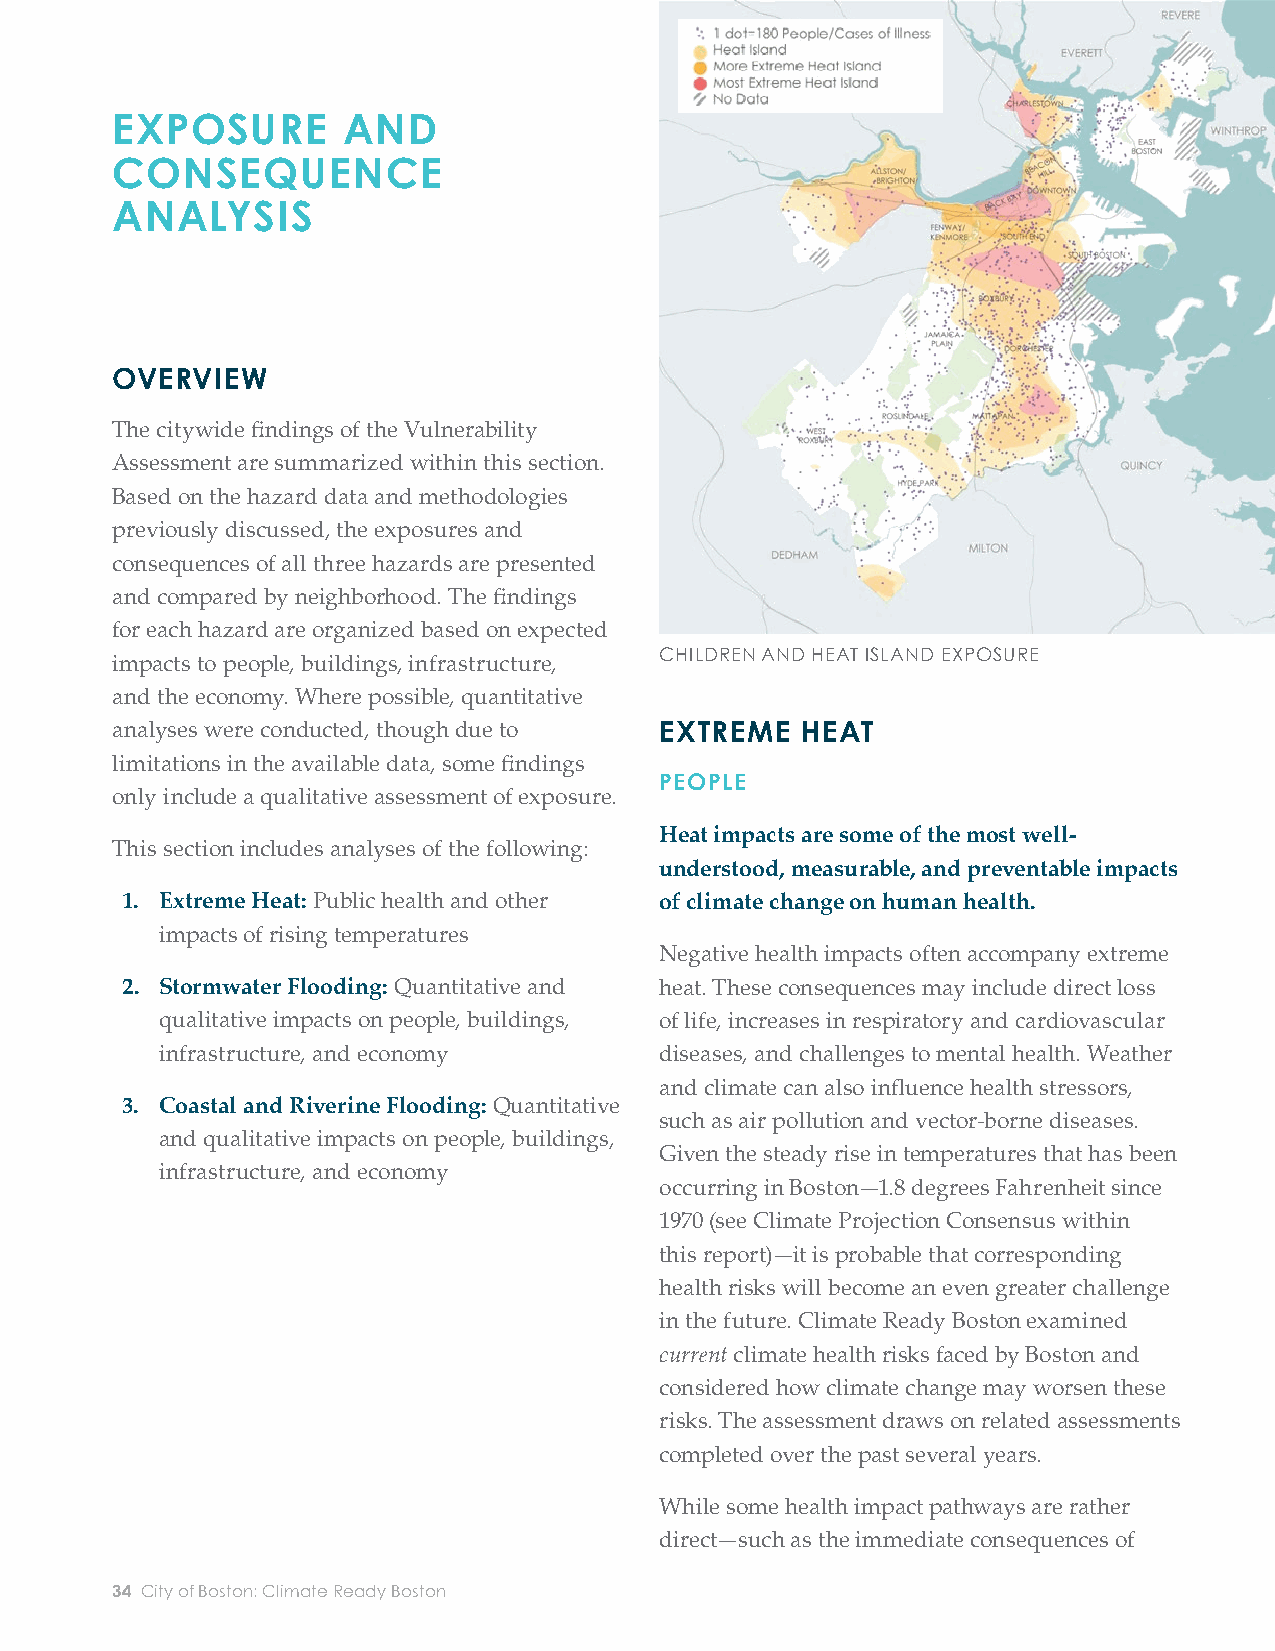
EXPOSURE        AND
 CONSEQUENCE
 ANALYSIS
 OVERVIEW
 The citywide fi ndings of the Vulnerability
 Assessment are summarized within this section.
 Based on the hazard data and methodologies
 previously discussed, the exposures and
 consequences of all three hazards are presented
 and compared by neighborhood. The fi ndings
 for each hazard are organized based on expected
 CHILDREN AND HEAT ISLAND EXPOSURE         OOLLDDEERR AADDUULLTTSS AANNDD HHEEAATT IISSLLAANNDD EEXXPPOOSSUURREE MEDICAL ILLNESS AND HEAT ISLAND EXPOSURE
 impacts to people, buildings, infrastructure,
 and the economy. Where possible, quantitative
 analyses were conducted, though due to EXTREME HEAT                                 high temperature or severe storms—most operate The maps above show both daytime and nighttime heat
 islands as measured by changes in land surface temperature
 limitations in the available data, some fi ndings                                   through complex systems involving urban land
 across the City of Boston. The dots help show concentrations
 PEOPLE
 only include a qualitative assessment of exposure.                                  use, infrastructure, ecology, and other systems. of populations vulnerable to heat.
 Heat impacts are some of the most well-        Compromised infrastructure can magnify health
 This section includes analyses of the following:
 understood, measurable, and preventable impacts vulnerabilities. For example, air conditioning
 Some      members          of
 1. Extreme Heat: Public health and other of climate change on human health.        requires reliable delivery of electricity, which, in
 impacts of rising temperatures                                                  turn, depends on the integrity of the electrical
 the   population         are
 Negative health impacts often accompany extreme
 grid system and associated power-generating
 2. Stormwater Flooding: Quantitative and heat. These consequences may include direct loss
 facilities. Access to healthcare services depends
 particularly        at  risk
 qualitative impacts on people, buildings, of life, increases in respiratory and cardiovascular
 on a functioning transportation system. Thus,
 infrastructure, and economy      diseases, and challenges to mental health. Weather
 understanding the impact that future extreme when temperatures
 and climate can also infl uence health stressors,
 weather events may have on health in Boston
 3. Coastal and Riverine Flooding: Quantitative
 such as air pollution and vector-borne diseases.
 requires considerations of the vulnerabilities of spike, including
 and qualitative impacts on people, buildings,
 Given the steady rise in temperatures that has been
 critical infrastructure systems.
 infrastructure, and economy
 occurring in Boston—1.8 degrees Fahrenheit since
 older     adults,    the
 1970 (see Climate Projection Consensus within  Heat extremes can cause death in addition to
 this report)—it is probable that corresponding exacerbating chronic health conditions and disease. very young, outdoor
 health risks will become an even greater challenge Emergency room visits and hospital admissions
 in the future. Climate Ready Boston examined   increase during heat waves. Consequences of heat workers, and those
 current climate health risks faced by Boston and are some of the most well-understood, measurable,
 considered how climate change may worsen these and preventable impacts of climate change on with pre-existing
 risks. The assessment draws on related assessments human health. While everyone is vulnerable
 completed over the past several years.         when temperatures spike, some members of health conditions.
 the population are particularly vulnerable,
 While some health impact pathways are rather
 including older adults (especially if living alone),
 direct—such as the immediate consequences of
 the very young, low- and no-income residents,
 34 City of Boston: Climate Ready Boston